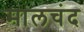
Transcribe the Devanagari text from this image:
मालचंद